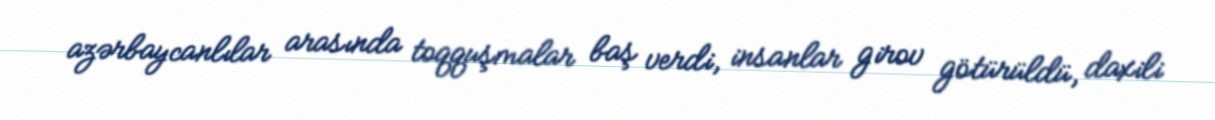
azərbaycanlılar arasında toqquşmalar baş verdi, insanlar girov götürüldü, daxili